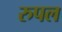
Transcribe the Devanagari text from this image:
रुपल